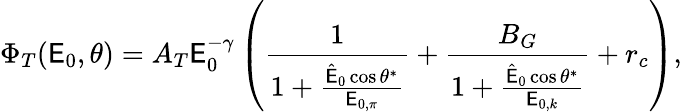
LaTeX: \Phi_{T}(\mathsf{E}_{0},\theta)=A_{T}\mathsf{E}_{0}^{-\gamma}\left(\frac{{1}}{{1+\frac{{\hat{{\mathsf{E}}}_{0}\cos\theta^{*}}}{{\mathsf{E}_{0,\pi}}}}}+\frac{{B_{G}}}{{1+\frac{{\hat{{\mathsf{E}}}_{0}\cos\theta^{*}}}{{\mathsf{E}_{0,k}}}}}+r_{c}\right),